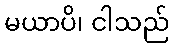
မယာပိ၊ ငါသည်